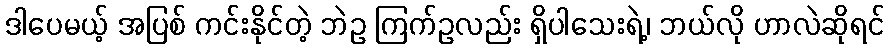
ဒါပေမယ့် အပြစ် ကင်းနိုင်တဲ့ ဘဲဥ ကြက်ဥလည်း ရှိပါသေးရဲ့၊ ဘယ်လို ဟာလဲဆိုရင်